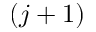
( j + 1 )